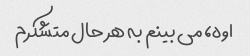
اوه، می بینم به هر حال متشکرم